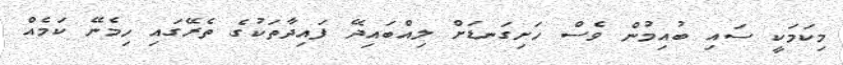
މިކަމަކީ ސައި ބުއިމުން ވެސް ހަށިގަނޑަށް ލިއްބައިދޭ ފައިދާތަކުގެ ތެރޭގައި ހިމެނޭ ކަމެއް